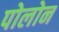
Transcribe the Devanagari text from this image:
पोलोन